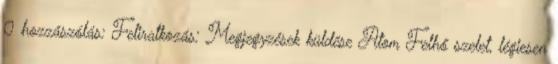
0 hozzászólás: Feliratkozás: Megjegyzések küldése Atom Felhő szelet, légiesen